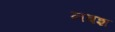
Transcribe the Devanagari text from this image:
नबश